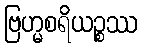
ဗြဟ္မစရိယဉ္စဿ